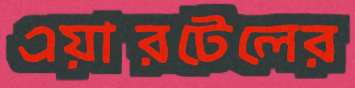
এয়ারটেলের